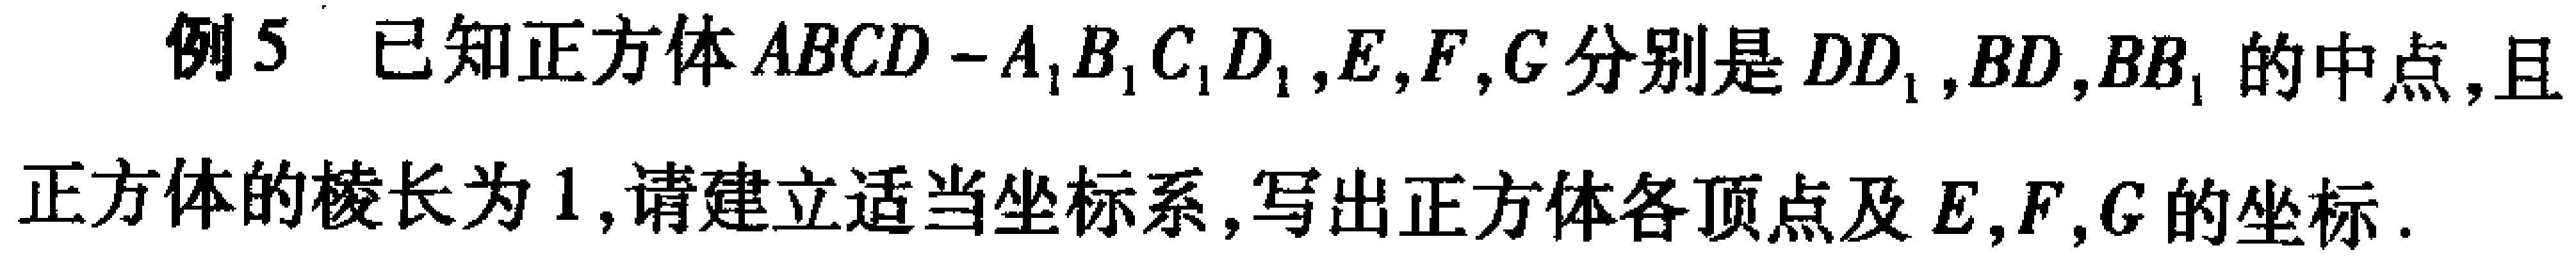
例5 已知正方体\(ABCD - A_{1}B_{1}C_{1}D_{1}\)，\(E,F,G\)分别是\(DD_{1},BD,BB_{1}\)的中点，且

正方体的棱长为\(1\)，请建立适当坐标系，写出正方体各顶点及\(E,F,G\)的坐标.